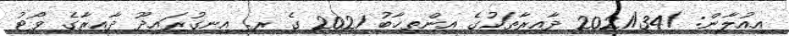
އިއުލާން: /2021/34 ދާއިރާތަކުގެ އިންތިޚާބު 2021 ގެ ރ. އިނގުރައިދޫ ދާއިރާގެ ވޯޓު